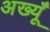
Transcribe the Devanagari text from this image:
अख्यूँ